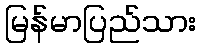
မြန်မာပြည်သား